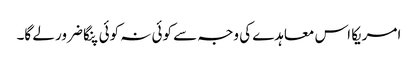
امریکا اس معاہدے کی وجہ سے کوئی نہ کوئی پنگا ضرور لے گا۔